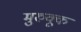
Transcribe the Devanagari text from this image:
मुरुक्कू